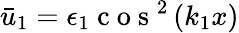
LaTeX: \bar{u}_{1}=\epsilon_{1}\mathrm{~c~o~s~}^{2}\left(k_{1}x\right)